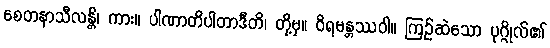
စေတနာသီလန္တိ၊ ကား။ ပါဏာတိပါတာဒီတိ၊ တို့မှ။ ဝိရမန္တဿဝါ။ ကြဉ်ဆဲသော ပုဂ္ဂိုလ်၏